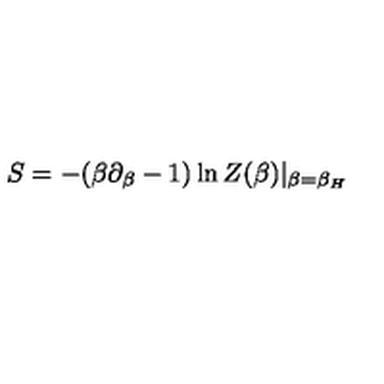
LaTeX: S = - ( \beta \partial _ { \beta } - 1 ) \ln Z ( \beta ) | _ { \beta = \beta _ { H } }